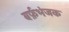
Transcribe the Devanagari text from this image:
बर्फ़भंजक